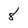
Character: 8